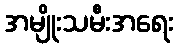
အမျိုးသမီးအရေး